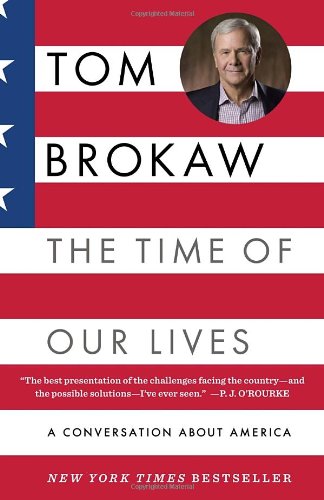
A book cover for The Time of Our Lives: A conversation about America; Tom Brokaw; History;